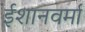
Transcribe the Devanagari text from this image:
ईशानवर्मा